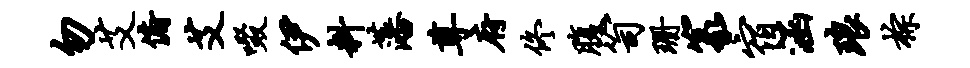
勿艾俯艾啜伊料藩尊府佟腹笥珊篆宿涵琅棕